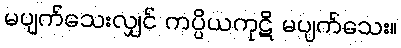
မပျက်သေးလျှင် ကပ္ပိယကုဋိ မပျက်သေး။